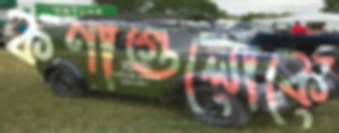
কণাগুলোকে